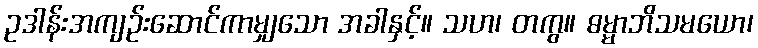
ဥဒါန်းအကျဉ်းဆောင်ကာမျှသော အခါနှင့်။ သဟ၊ တကွ။ ဓမ္မာဘိသမယော၊